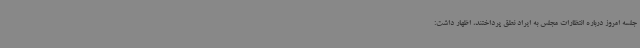
جلسه امروز درباره انتظارات مجلس به ایراد نطق پرداختند، اظهار داشت: